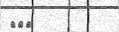
١٥٦